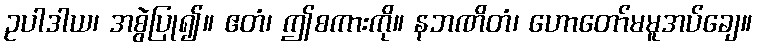
ဥပါဒါယ၊ အစွဲပြု၍။ ဧတံ၊ ဤစကားကို။ နဘဏိတံ၊ ဟောတော်မမူအပ်ချေ။